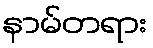
နာမ်တရား